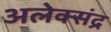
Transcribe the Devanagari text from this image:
अलेक्संद्र